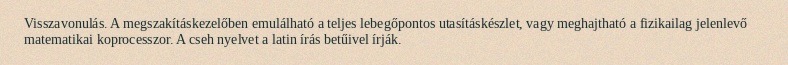
Visszavonulás. A megszakításkezelőben emulálható a teljes lebegőpontos utasításkészlet, vagy meghajtható a fizikailag jelenlevő matematikai koprocesszor. A cseh nyelvet a latin írás betűivel írják.